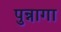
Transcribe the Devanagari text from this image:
पुन्नागा